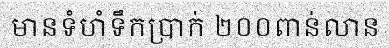
មានទំហំទឹកប្រាក់ ២០០ពាន់លាន